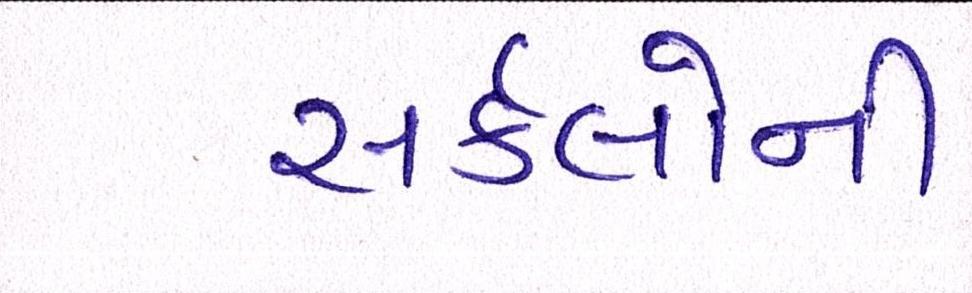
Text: સર્કલોની